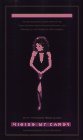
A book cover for Hiding My Candy: The Autobiography of the Grand Empress of Savannah; Lady Chablis; Gay & Lesbian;